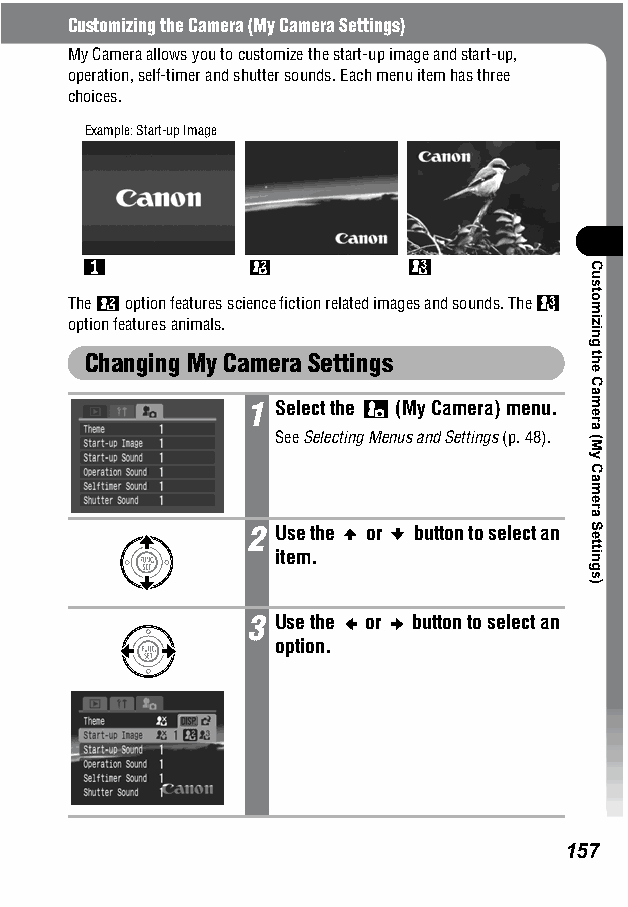
Customizing the Camera (My Camera Settings)
 My Camera allows you to customize the start-up image and start-up,
 operation, self-timer and shutter sounds. Each menu item has three
 choices.
 Example: Start-up Image
 The option features science fiction related images and sounds. The
 option features animals.
 Changing My Camera Settings
 1 Select the (My Camera) menu.
 SeeSelecting Menus and Settings (p. 48).
 2 Use the or button to select an
 item.
 3 Use the or button to select an
 option.
 157
 Customizing
 the
 Camera
 (My
 Camera
 Settings)